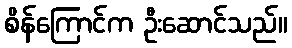
စိန်ကြောင်က ဦးဆောင်သည်။